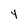
Character: 4